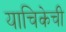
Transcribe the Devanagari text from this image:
याचिकेची